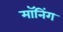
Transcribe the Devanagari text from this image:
मॉनिंग